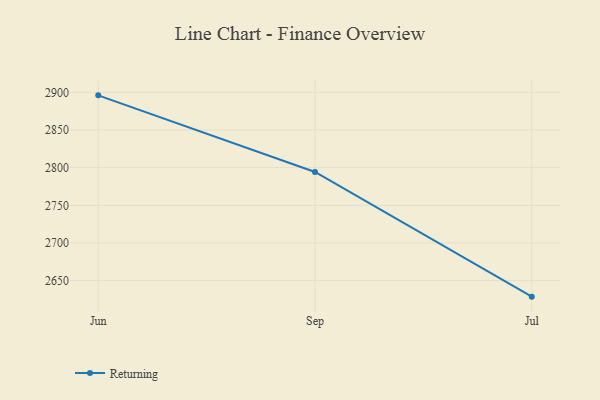
{"axis": {"x": "Month", "y": "Customer Acquisition Cost (USD)"}, "legend": ["Returning"], "data": [{"x": "Jun", "y": 2896.0, "type": "Returning"}, {"x": "Sep", "y": 2794.3, "type": "Returning"}, {"x": "Jul", "y": 2628.7, "type": "Returning"}]}